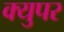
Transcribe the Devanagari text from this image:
क्युपर